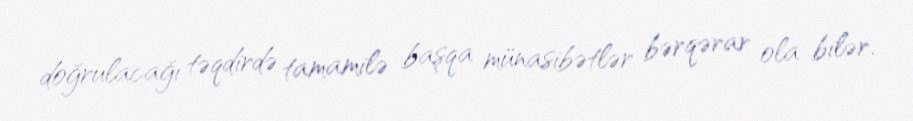
doğrulacağı təqdirdə tamamilə başqa münasibətlər bərqərar ola bilər.